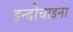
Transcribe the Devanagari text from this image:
इन्दोचाइना